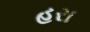
હરા